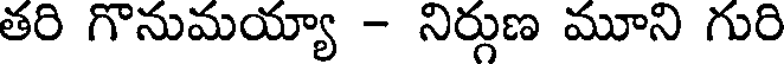
తరి గొనుమయ్యా - నిర్గుణ మూని గురి